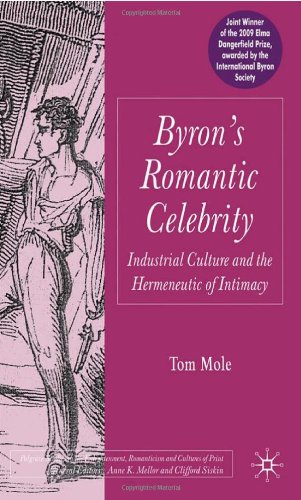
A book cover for Byron's Romantic Celebrity: Industrial Culture and the Hermeneutic of Intimacy (Palgrave Studies in the Enlightenment, Romanticism and the Cultures of Print); Tom Mole; Romance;